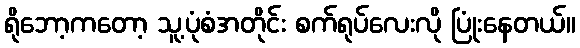
ရိုဘော့ကတော့ သူ့ပုံစံအတိုင်း စက်ရုပ်လေးလို ပြုံးနေတယ်။